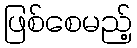
ဖြစ်စေမည့်